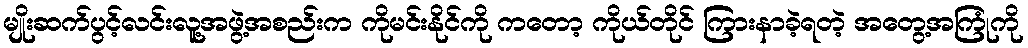
မျိုးဆက်ပွင့်လင်းလူ့အဖွဲ့အစည်းက ကိုမင်းနိုင်ကို ကတော့ ကိုယ်တိုင် ကြားနာခဲ့ရတဲ့ အတွေ့အကြုံကို